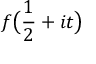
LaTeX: f { \bigl ( } { \frac { 1 } { 2 } } + i t { \bigr ) }